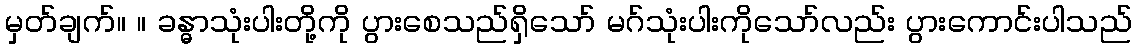
မှတ်ချက်။ ။ ခန္ဓာသုံးပါးတို့ကို ပွားစေသည်ရှိသော် မဂ်သုံးပါးကိုသော်လည်း ပွားကောင်းပါသည်